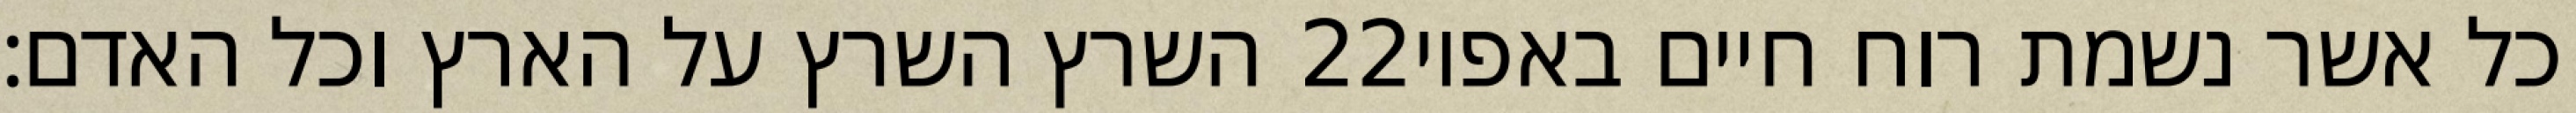
השרץ השרץ על הארץ וכל האדם׃ ‎22‏ כל אשר נשמת רוח חיים באפיו